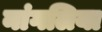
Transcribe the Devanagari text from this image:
नांगलिया